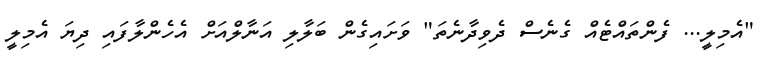
"އެމިލީ... ފެންތައްޓެއް ގެނެސް ދެވިދާނެތަ" ވަށައިގެން ބަލާލި އަނާލްއަށް އެހެންލާފައި ދިޔަ އެމިލީ